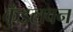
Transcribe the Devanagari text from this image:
कुँडलवन